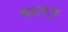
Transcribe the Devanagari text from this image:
षडभूज